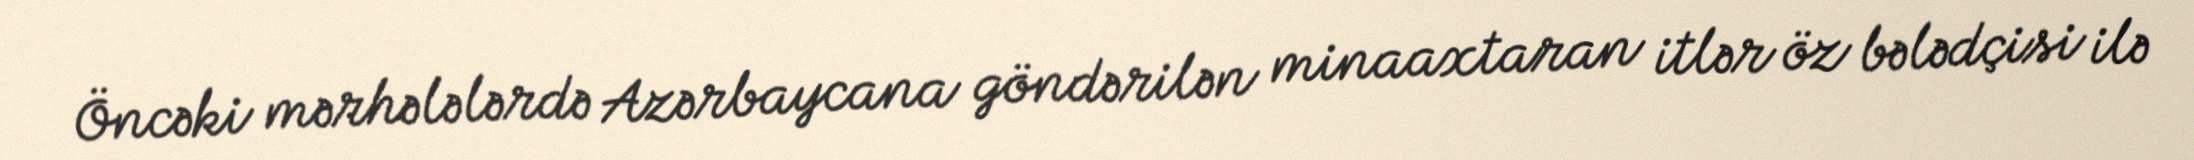
Öncəki mərhələlərdə Azərbaycana göndərilən minaaxtaran itlər öz bələdçisi ilə